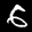
Label: 6